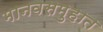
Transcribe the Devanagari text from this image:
मानवसमुहात